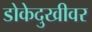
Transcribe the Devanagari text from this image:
डोकेदुखीवर